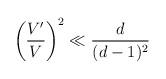
LaTeX: \begin{align*}\left( \frac{V^\prime}{V} \right)^2 \ll \frac{d}{(d-1)^2}\end{align*}